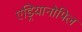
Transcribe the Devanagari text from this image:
एड्रियानोपिल